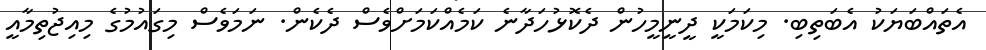
އެތައްބަޔަކު އެބަތިބި. މިކަމަކީ ދީނީމީހުން ދެކޮޅުހަދާނެ ކަމެއްކަމަށްވެސް ދެކެން. ނަމަވެސް މިގައުމުގެ މިއިޖުތިމާއީ